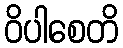
ဝိပါစေတိ